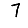
Digit: 7